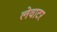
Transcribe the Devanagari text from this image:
लेवाटर